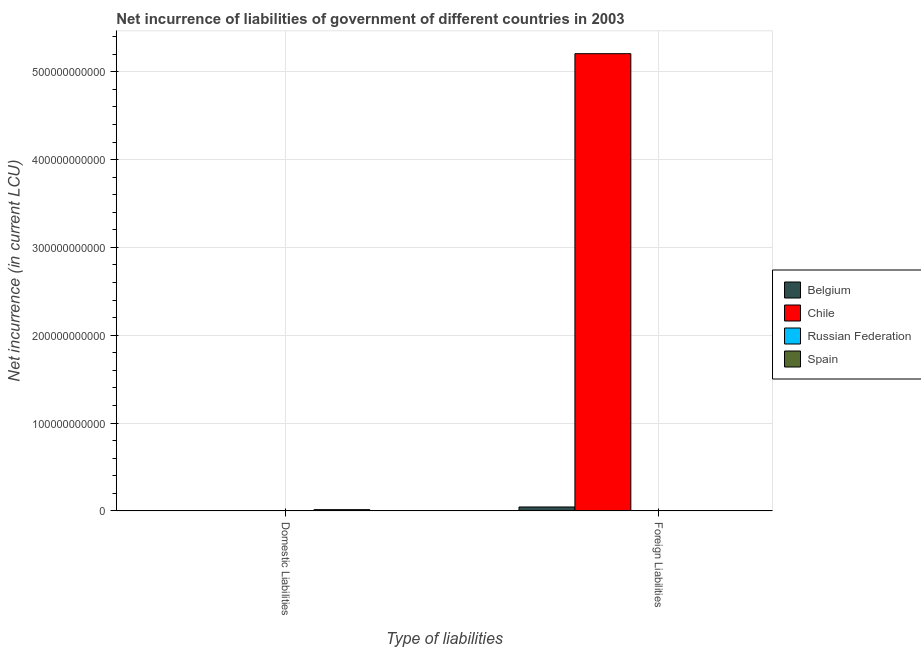
| Type of liabilities | Belgium | Chile | Russian Federation | Spain |
 | --- | --- | --- | --- | --- |
 | Domestic Liabilities | -1.2e+10 | -4.6e+11 | -8.04e+10 | 1.42e+09 |
 | Foreign Liabilities | 4.45e+09 | 5.21e+11 | -2.91e+11 | -9.21e+09 |